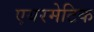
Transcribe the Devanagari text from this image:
एयरमेटिक